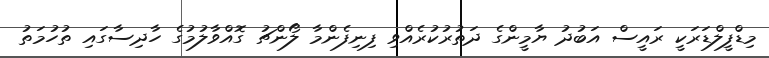
މިޑްފީލްޑަރަކީ ރައީސް އަބުދު ޔާމީންގެ ދަތުރުކުރެއްވި ފިނިފެންމާ ލޯންޗު ގޮއްވާލުމުގެ ހާދިސާގައި ތުހުމަތު